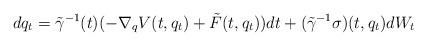
LaTeX: \begin{align*}dq_t=\tilde \gamma^{-1}(t)(-\nabla_q V(t,q_t)+\tilde F(t,q_t))dt+(\tilde\gamma^{-1}\sigma)(t,q_t)dW_t\end{align*}